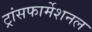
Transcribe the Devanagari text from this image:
ट्रांसफार्मेशनल